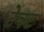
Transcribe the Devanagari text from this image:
टेक्ट